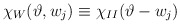
\begin{align*}\chi _{W}(\vartheta ,w_{j})\equiv \chi _{II}(\vartheta -w_{j})\end{align*}